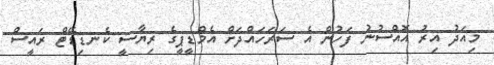
މިއަދު އިރު އޮއްސުނު ފަހުން އެ ސަރަހައްދަށް އެމްޑީޕީގެ ރިޔާސީ ކެނޑިޑޭޓް ރައީސް